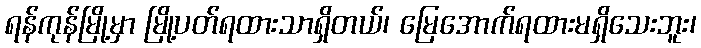
ရန်ကုန်မြို့မှာ မြို့ပတ်ရထားသာရှိတယ်၊ မြေအောက်ရထားမရှိသေးဘူး၊